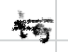
Text: is
Cross-out: double-line
Writing tool: digital_black